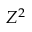
Z ^ { 2 }